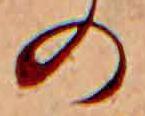
の